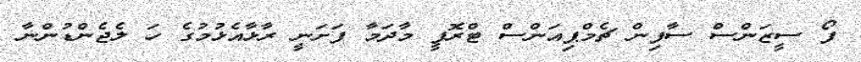
ފޯ ސީޒަންސް ސާފިން ޗެމްޕިއަންސް ޓްރޮފީ މާދަމާ ފަށަނީ ރާޅާއެޅުމުގެ ހަ ލެޖެންޑުންނާ